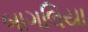
બાગલિયા